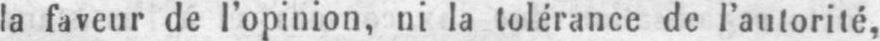
la faveur de l’opinion, ni la tolérance de l’autorité,